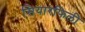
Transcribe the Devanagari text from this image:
सियारफिली